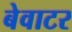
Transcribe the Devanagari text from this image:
बेवाटर